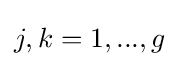
j,k=1,...,g